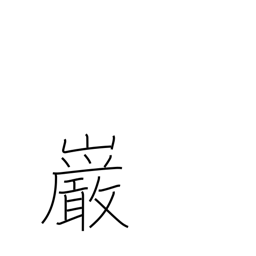
Meaning: boulder